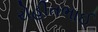
રોહીતભાઈ